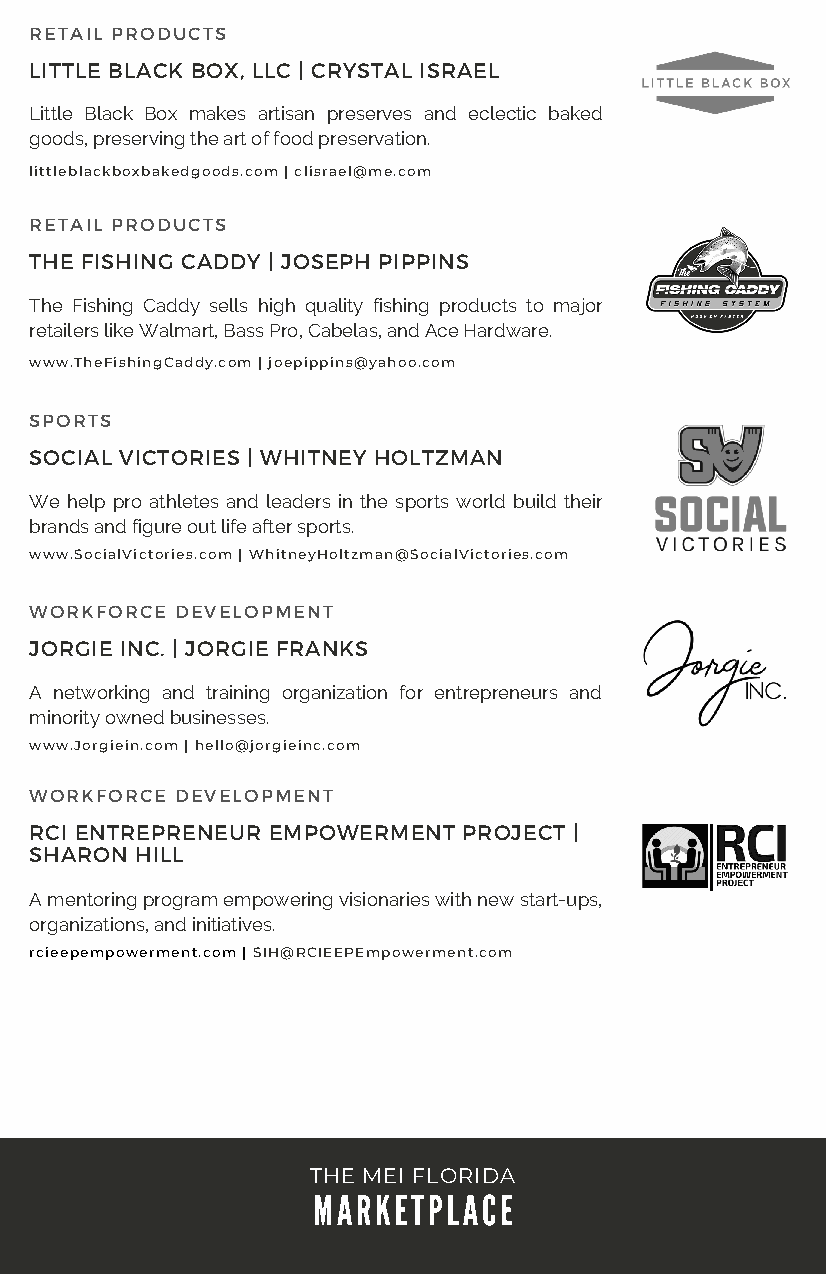
RETAIL PRODUCTS
 LITTLE BLACK BOX, LLC | CRYSTAL ISRAEL
 Little Black Box makes artisan preserves and eclectic baked
 goods, preserving the art of food preservation.
 littleblackboxbakedgoods.com | clisrael@me.com
 RETAIL PRODUCTS
 THE FISHING CADDY | JOSEPH PIPPINS
 The Fishing Caddy sells high quality fishing products to major
 retailers like Walmart, Bass Pro, Cabelas, and Ace Hardware.
 www.TheFishingCaddy.com | joepippins@yahoo.com
 SPORTS
 SOCIAL VICTORIES | WHITNEY HOLTZMAN
 We help pro athletes and leaders in the sports world build their
 brands and figure out life after sports.
 www.SocialVictories.com | WhitneyHoltzman@SocialVictories.com
 WORKFORCE DEVELOPMENT
 JORGIE INC. | JORGIE FRANKS
 A networking and training organization for entrepreneurs and
 minority owned businesses.
 www.Jorgiein.com | hello@jorgieinc.com
 WORKFORCE DEVELOPMENT
 RCI ENTREPRENEUR EMPOWERMENT PROJECT |
 SHARON HILL
 A mentoring program empowering visionaries with new start-ups,
 organizations, and initiatives.
 rcieepempowerment.com | SIH@RCIEEPEmpowerment.com
 THE MEI FLORIDA
 MARKETPLACE